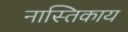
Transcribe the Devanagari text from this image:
नास्तिकाय